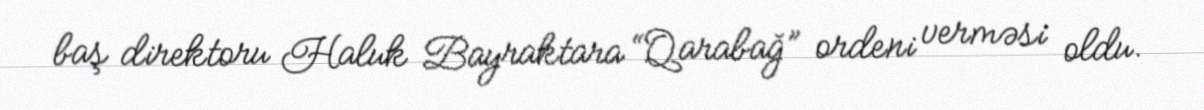
baş direktoru Haluk Bayraktara “Qarabağ” ordeni verməsi oldu.